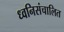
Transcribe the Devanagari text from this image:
ध्वनिसंचालित